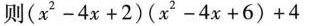
则$$( x ^ { 2 } - 4 x + 2 ) ( x ^ { 2 } - 4 x + 6 ) + 4$$